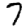
Digit: 7